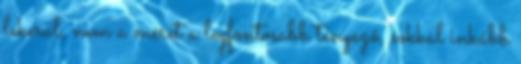
lekerül, nem a méret a legfontosabb tényező, sokkal inkább